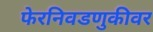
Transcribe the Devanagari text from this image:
फेरनिवडणुकीवर